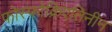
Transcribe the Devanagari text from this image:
फोस्फोक्रिएतिनीन